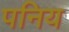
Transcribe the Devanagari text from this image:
पनिय